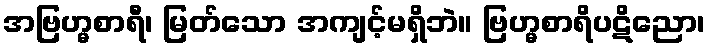
အဗြဟ္မစာရီ၊ မြတ်သော အကျင့်မရှိဘဲ။ ဗြဟ္မစာရိပဋိညော၊